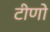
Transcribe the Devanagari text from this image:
टीणो